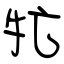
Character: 牤